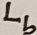
Text: Lb